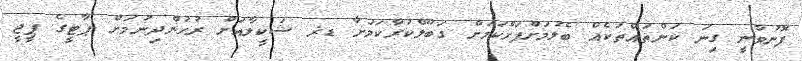
ފޮނުވާނީ ގިނަ ކަންތައްތަކެއް ބެލުމަށްފަހްކަމަށް ގަބޫލްކުރާކަމަށާ ޑޜ ޝަކީލާއަށް ރުހުންދިނުމަށް ޕާޓީގެ ޕީޖީ